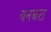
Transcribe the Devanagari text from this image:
बनकटा